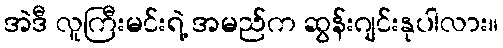
အဲဒီ လူကြီးမင်းရဲ့ အမည်က ဆွန်းဂျင်းနုပါလား။